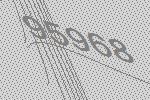
95968